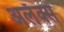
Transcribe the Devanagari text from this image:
अलॅक्स